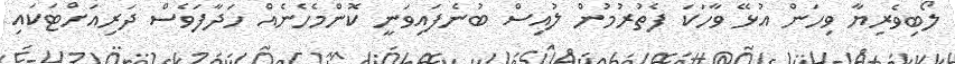
ލޯބިވެރިޔާ ވިހަން އުޅޭ ވާހަކަ ފެތުރުމުން ލުއިސް ބުނެފައިވަނީ ކޮންމެހެނެއް ހަދާފަވެސް ދަރިއަށްޓަކައި